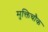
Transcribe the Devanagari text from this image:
मुक्तिचौक